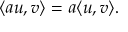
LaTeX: \langle a u , v \rangle = a \langle u , v \rangle .